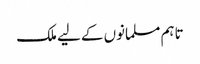
تاہم مسلمانوں کے لیے ملک